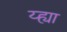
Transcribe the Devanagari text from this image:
य्ह्या